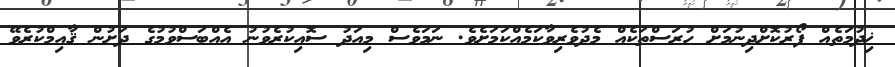
ޚިދުމަތެއް ފޯރުކޮށްދިނުމަށް ހުރަސްތަކެއް މެދުވެރިވާކަމެއްކަމަށެވެ. ނަމަވެސް މިއަދު ސޮއިކުރެވުނު އެއްބަސްވުމުގެ ދަށުން ޤާއިމްކުރެވޭ